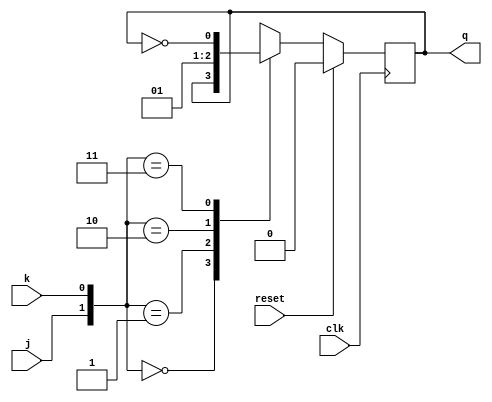
module jk_ff( input clk,reset,j,k,
output reg q);

always@(posedge clk)
begin
if(reset) begin
	q<=1'b0;
	  end

else begin
	case({j,k})
	2'b00: q<=q;
	2'b01: q<=1'b0;
	2'b10: q<=1'b1;
	2'b11: q<=~q;
	default: q<=1'b0;
	endcase
     end
end
endmodule